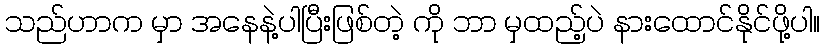
သည်ဟာက မှာ အနေနဲ့ပါပြီးဖြစ်တဲ့ ကို ဘာ မှထည့်ပဲ နားထောင်နိုင်ဖို့ပါ။